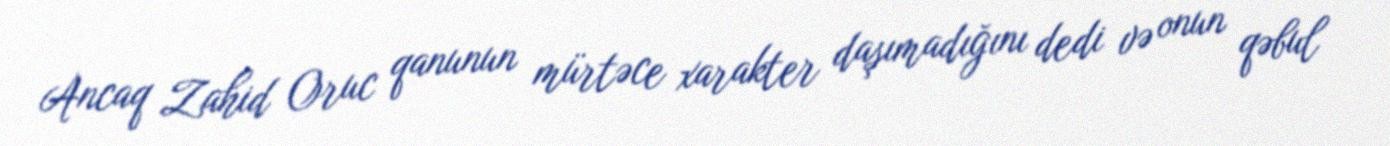
Ancaq Zahid Oruc qanunun mürtəce xarakter daşımadığını dedi və onun qəbul